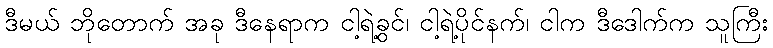
ဒီမယ် ဘိုတောက် အခု ဒီနေရာက ငါ့ရဲ့ခွင်၊ ငါ့ရဲ့ပိုင်နက်၊ ငါက ဒီဒေါက်က သူကြီး